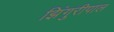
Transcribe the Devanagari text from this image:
झिंगुरीपाल